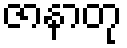
ဇာနာတု